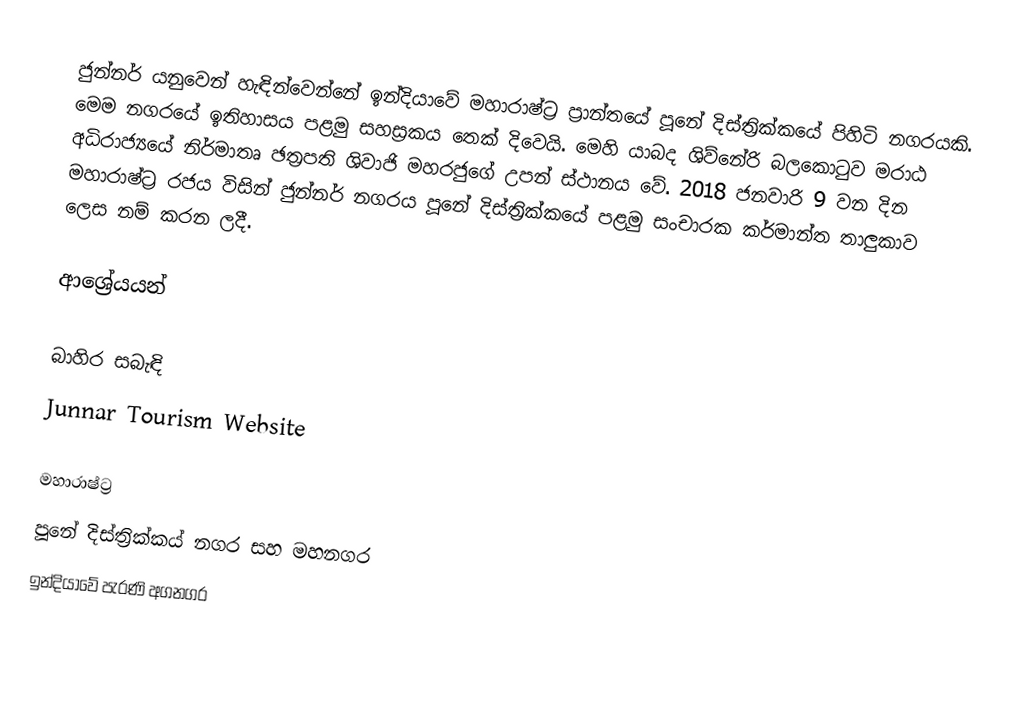
ජුන්නර් ‍යනුවෙන් හැඳින්වෙන්නේ ඉන්දියාවේ මහාරාෂ්ට්‍ර ප්‍රාන්තයේ පූනේ දිස්ත්‍රික්කයේ පිහිටි නගරයකි. මෙම නගරයේ ඉතිහාසය පළමු සහස්‍රකය තෙක් දිවෙයි. මෙහි යාබද ශිව්නේරි බලකොටුව මරාඨ අධිරාජ්‍යයේ නිර්මාතෘ ඡත්‍රපති ශිවාජි මහරජුගේ උපන් ස්ථානය වේ. 2018 ජනවාරි 9 වන දින මහාරාෂ්ට්‍ර රජය විසින් ජුන්නර් නගරය පූනේ දිස්ත්‍රික්කයේ පළමු සංචාරක කර්මාන්ත තාලුකාව ලෙස නම් කරන ලදී.

ආශ්‍රේයයන්

බාහිර සබැඳි
 Junnar Tourism Website

මහාරාෂ්ට්‍ර
පූනේ දිස්ත්‍රික්කය්‍ නගර සහ මහනගර
ඉන්දියාවේ පැරණි අගනගර